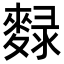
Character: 𪍄